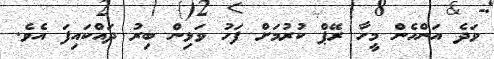
ވަދެ އަންހެން މީހާ ރޭޕް ކުރުމަށް ފަހު ވަޅިން ބިރު ދައްކައިފަ އެވެ.